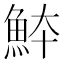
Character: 䱁